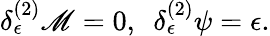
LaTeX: \delta_{\epsilon}^{(2)}\mathscr{M}=0,\ \ \delta_{\epsilon}^{(2)}\psi=\epsilon.